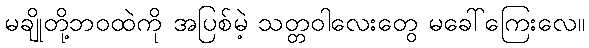
မချိုတို့ဘဝထဲကို အပြစ်မဲ့ သတ္တဝါလေးတွေ မခေါ်ကြေးလေ။